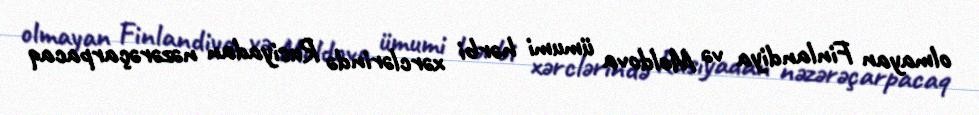
olmayan Finlandiya və Moldova ümumi hərbi xərclərində Rusiyadan nəzərəçarpacaq